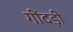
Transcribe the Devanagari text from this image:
गींदड़ी